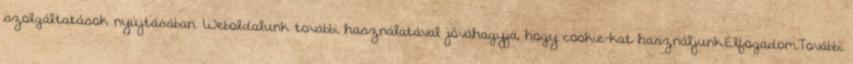
szolgáltatások nyújtásában. Weboldalunk további használatával jóváhagyja, hogy cookie-kat használjunk.ElfogadomTovábbi